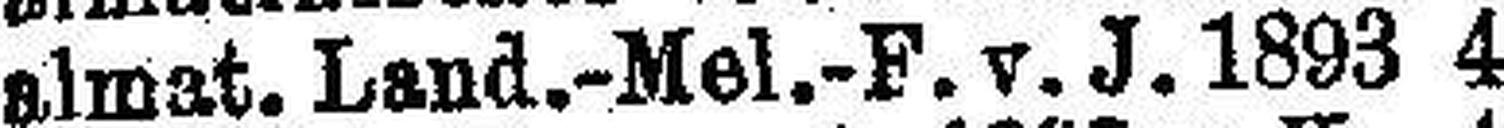
Dalmat. Land.-Mel.-F. v. J. 1893 4